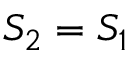
S _ { 2 } = S _ { 1 }